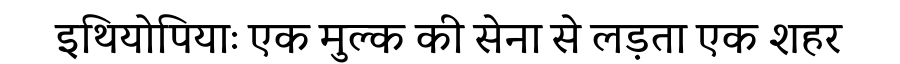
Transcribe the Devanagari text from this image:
इथियोपियाः एक मुल्क की सेना से लड़ता एक शहर